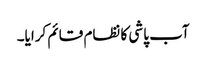
آب پاشی کا نظام قائم کرایا۔